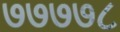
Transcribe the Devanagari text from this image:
७७७७८